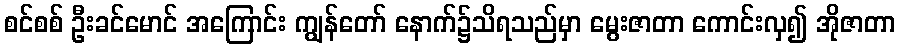
စင်စစ် ဦးခင်မောင် အကြောင်း ကျွန်တော် နောက်၌သိရသည်မှာ မွေးဇာတာ ကောင်းလှ၍ အိုဇာတာ